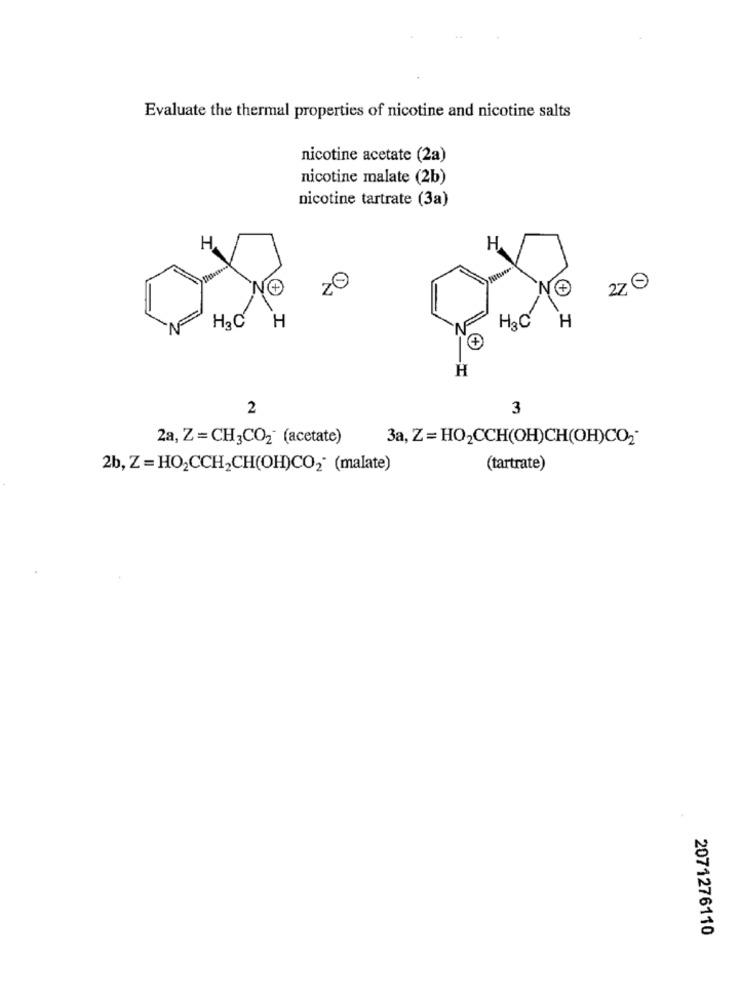
Evaluate the thermal properties of nicotine and nicotine salts
nicotine acetate (2a)
nicotine malate (2b)
nicotine tartrate (3a)
H
H
20
270
HaC
H
H.C
H
N
H
2
3
2a, Z = CH3CO2" (acetate)
3a, Z = HO2CCH(OH)CH(OH)CO2*
2b, Z = HO2CCH2CH(OH)CO2“ (malate)
(tartrate)
2071276110